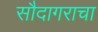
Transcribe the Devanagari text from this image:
सौदागराचा